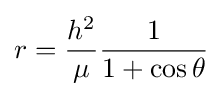
r={{h^{2}} \over {\mu }}{{1} \over {1+\cos \theta }}